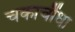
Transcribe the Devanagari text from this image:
चकाचौंधा